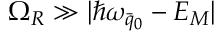
\Omega _ { R } \gg | \hbar \omega _ { \bar { q } _ { 0 } } - E _ { M } |